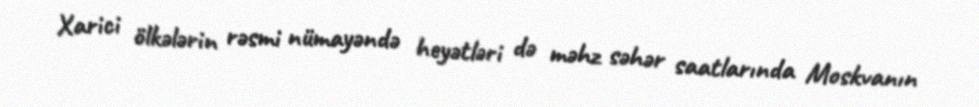
Xarici ölkələrin rəsmi nümayəndə heyətləri də məhz səhər saatlarında Moskvanın